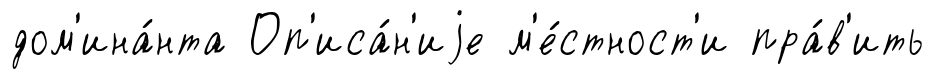
дом'ина́нта Оп'иса́н'иjе м'е́стност'и пра́в'ить